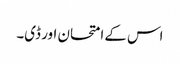
اس کے امتحان اور ڈی۔